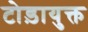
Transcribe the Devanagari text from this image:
टोड़ायुक्त